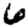
Digit: 6